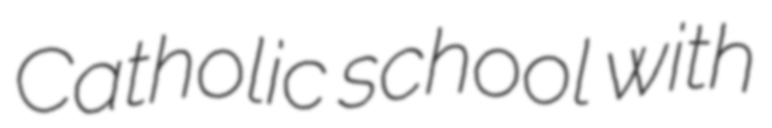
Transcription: Catholic school with